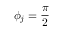
\phi _ { j } = \frac { \pi } { 2 }